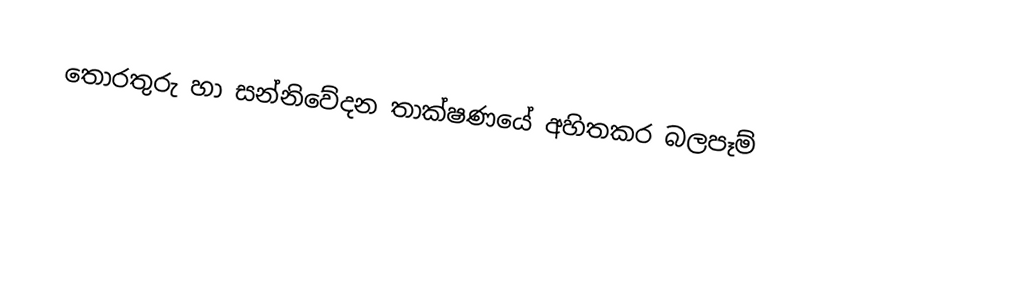
තොරතුරු හා සන්නිවේදන තාක්ෂණයේ අහිතකර බලපෑම්